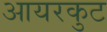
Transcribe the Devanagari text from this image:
आयरकुट